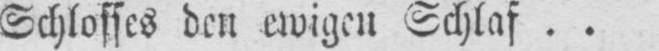
Schlosses den ewigen Schlaf..